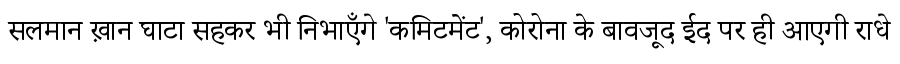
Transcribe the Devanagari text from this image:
सलमान ख़ान घाटा सहकर भी निभाएँगे 'कमिटमेंट', कोरोना के बावजूद ईद पर ही आएगी राधे